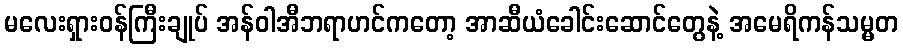
မလေးရှားဝန်ကြီးချုပ် အန်ဝါအီဘရာဟင်ကတော့ အာဆီယံခေါင်းဆောင်တွေနဲ့ အမေရိကန်သမ္မတ